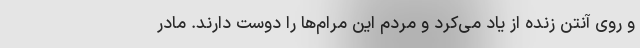
و روی آنتن زنده از یاد می‌کرد و مردم این مرام‌ها را دوست دارند. مادر